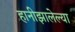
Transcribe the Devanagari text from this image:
हानीझालेल्या